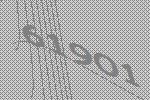
61901